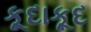
કૂદાકૂદ